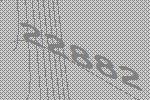
22882